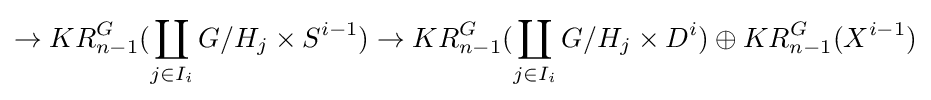
\rightarrow KR_{n-1}^{G}(\coprod _{j\in I_{i}}G/H_{j}\times S^{i-1})\rightarrow KR_{n-1}^{G}(\coprod _{j\in I_{i}}G/H_{j}\times D^{i})\oplus KR_{n-1}^{G}(X^{i-1})